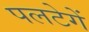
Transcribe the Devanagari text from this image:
पलटेगें